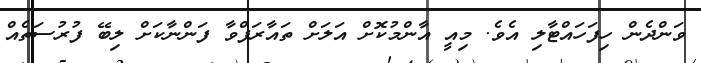
ވަންދެން ހިފަހައްޓާލި އެވެ. މިއީ އާންމުކޮށް އަލަށް ތައާރަފްވާ ފަންނާކަށް ލިބޭ ފުރުސަތެއް